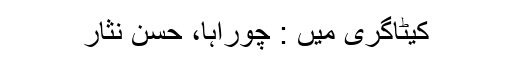
کیٹاگری میں : چوراہا، حسن نثار